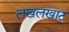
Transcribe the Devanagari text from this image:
लखलखाट